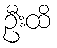
ဦးထိ